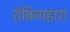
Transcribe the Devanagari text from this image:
शेकिगहारा